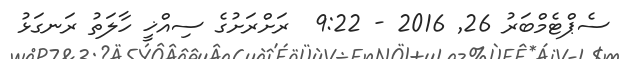
ސެޕްޓެމްބަރު 26